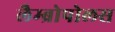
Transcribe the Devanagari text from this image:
लैम्ब्रोपोलस